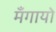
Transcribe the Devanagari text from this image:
मँगायो